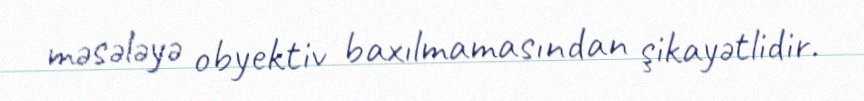
məsələyə obyektiv baxılmamasından şikayətlidir.